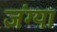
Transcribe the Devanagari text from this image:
जंग्या